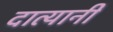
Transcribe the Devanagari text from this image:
दात्यानी